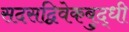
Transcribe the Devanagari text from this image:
सदसद्विवेकबुद्धी